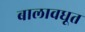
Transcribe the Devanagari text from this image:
बालावधूत